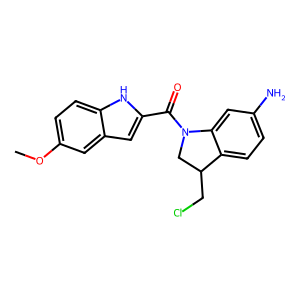
SMILES: COc1ccc2[nH]c(C(=O)N3CC(CCl)c4ccc(N)cc43)cc2c1
Inhibits HIV replication: No